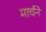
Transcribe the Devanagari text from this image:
मार्चने